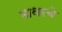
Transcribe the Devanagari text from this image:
माथरचे